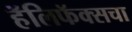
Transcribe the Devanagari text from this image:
हॅलिफॅक्सचा